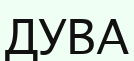
ДУВА